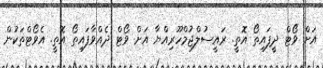
އަށް ވޯޓް ދީފައިތޯ އޮތީ. ރައީސުލްޖުމްހޫރިއްޔާ އަށް ވޯޓް ދެއްވާފައިތޯ އޮތީ. އެވޯޓްތަކުން